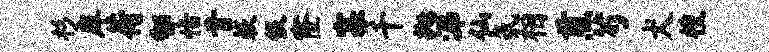
杉庠荷郇恬肯蔌恨窿寡千抛涕仙氛相煎芍犬梭